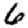
Digit: 6